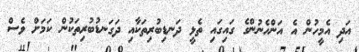
އަދި އެމީހުން އެ އަންހެނުންގެ ގައިގައި ތެޅީ ދަނޑިބުރިތަކާއި ދަގަނޑުބުރިތަކުން ކަމަށް ވެސް